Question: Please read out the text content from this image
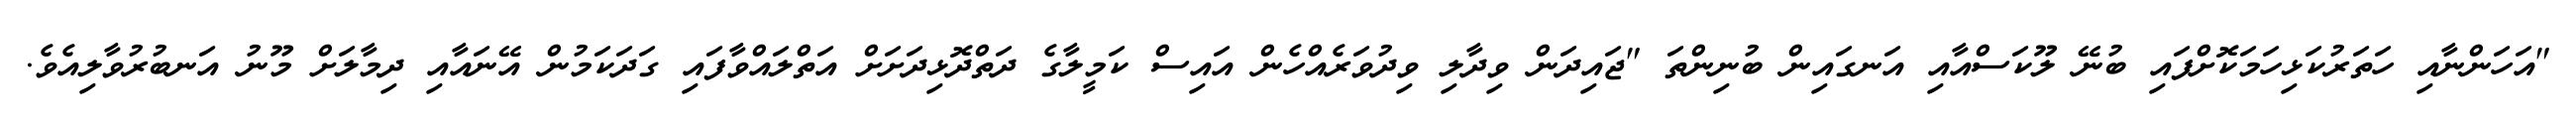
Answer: "އަހަންނާއި ހަތަރުކަޅިހަމަކޮށްފައި ބުނޭ ލޫކަސްއާއި އަނގައިން ބުނިންތަ "ޖައިދަން ވިދާލި ވިދުވަރެއްހެން އައިސް ކަމީލާގެ ދަތްދޮޅިދަށަށް އަތްލައްވާފައި ގަދަކަމުން އޭނައާއި ދިމާލަށް މޫނު އަނބުރުވާލިއެވެ.